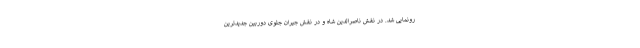
رونمایی شد. در نقش ناصرالدین شاه و در نقش جیران جلوی دوربین جدیدترین